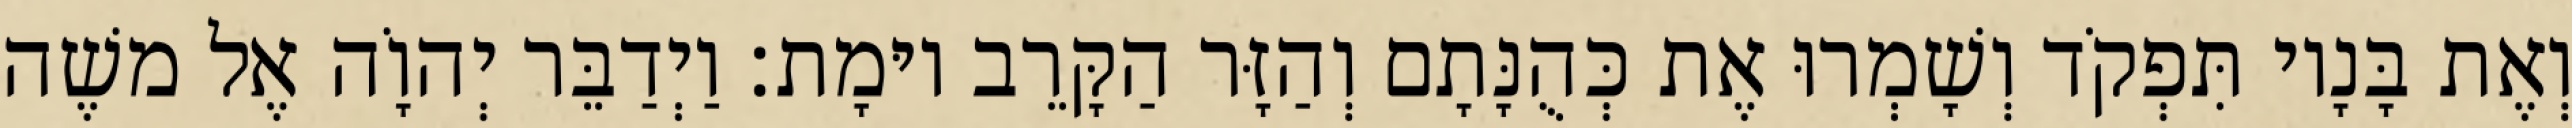
וְאֶת בָּנָיו תִּפְקֹד וְשָׁמְרוּ אֶת כְּהֻנָּתָם וְהַזָּר הַקָּרֵב יוּמָת׃ וַיְדַבֵּר יְהוָֹה אֶל משֶׁה